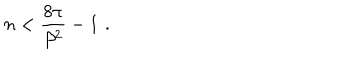
n < { \frac { 8 \pi } { \beta ^ { 2 } } } - 1 \, \, .